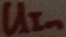
Text: UIn